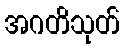
အဂတိသုတ်